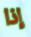
إذا